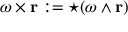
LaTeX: \omega \times \mathbf { r } : = { \star } ( \omega \wedge \mathbf { r } )